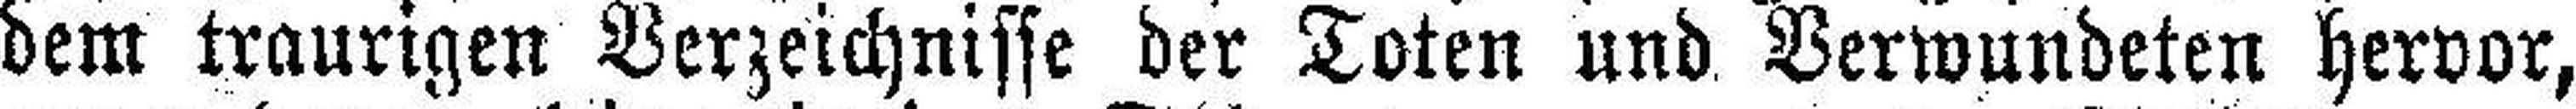
dem traurigen Verzeichnisse der Toten und Verwundeten hervor,